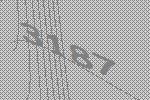
3187